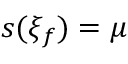
s ( \xi _ { f } ) = \mu